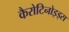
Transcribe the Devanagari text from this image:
कैरोटिनोइड्स